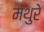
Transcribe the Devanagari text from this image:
मथुरे